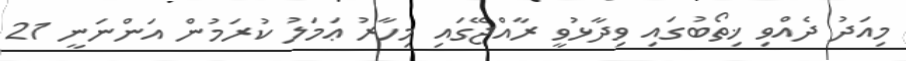
މިއަދު ދެއްވި ޚިތޯބުގައި ވިދާޅުވީ ރާއްޖޭގައި މިހާރު ޢަމަލު ކުރަމުން އަންނަނީ 21